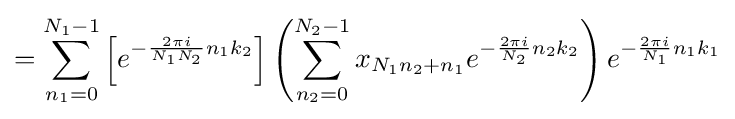
=\sum _{n_{1}=0}^{N_{1}-1}\left[e^{-{\frac {2\pi i}{N_{1}N_{2}}}n_{1}k_{2}}\right]\left(\sum _{n_{2}=0}^{N_{2}-1}x_{N_{1}n_{2}+n_{1}}e^{-{\frac {2\pi i}{N_{2}}}n_{2}k_{2}}\right)e^{-{\frac {2\pi i}{N_{1}}}n_{1}k_{1}}